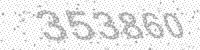
Solution: 353860